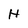
Character: H